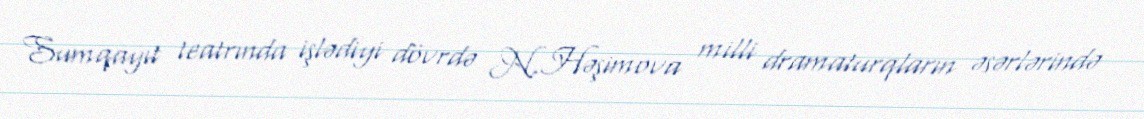
Sumqayıt teatrında işlədiyi dövrdə N.Həşimova milli dramaturqların əsərlərində